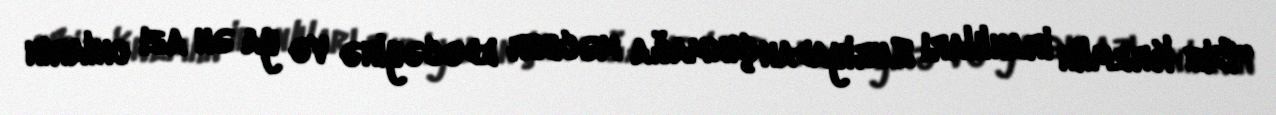
“Biz Kremlin iranlıları Suriyadan çıxmağa məcbur edəcəyinə və ya ən azı onların